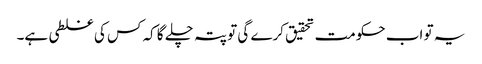
یہ تو اب حکومت تحقیق کرے گی تو پتہ چلے گا کہ کس کی غلطی ہے۔